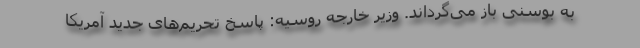
به بوسنی باز می‌گرداند. وزیر خارجه روسیه: پاسخ تحریم‌های جدید آمریکا